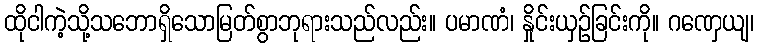
ထိုငါကဲ့သို့သဘောရှိသောမြတ်စွာဘုရားသည်လည်း။ ပမာဏံ၊ နှိုင်းယှဉ်ခြင်းကို။ ဂဏှေယျ၊